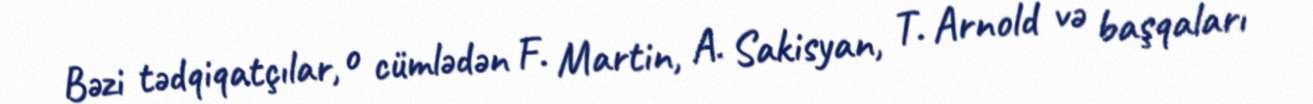
Bəzi tədqiqatçılar, o cümlədən F. Martin, A. Sakisyan, T. Arnold və başqaları